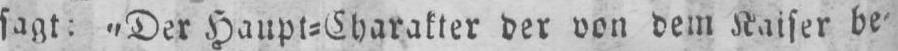
sagt: „Der Haupt⸗Charakter der von dem Kaiser be⸗